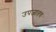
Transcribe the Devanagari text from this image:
उपजातच